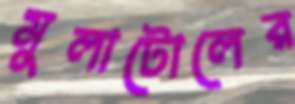
মুলাটোলের